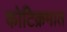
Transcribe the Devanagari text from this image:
कोटिक्रमात